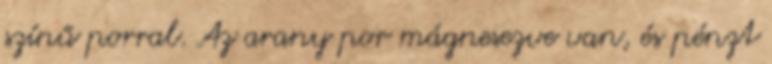
színű porral. Az arany por mágnesezve van, és pénzt